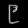
Digit: ၉